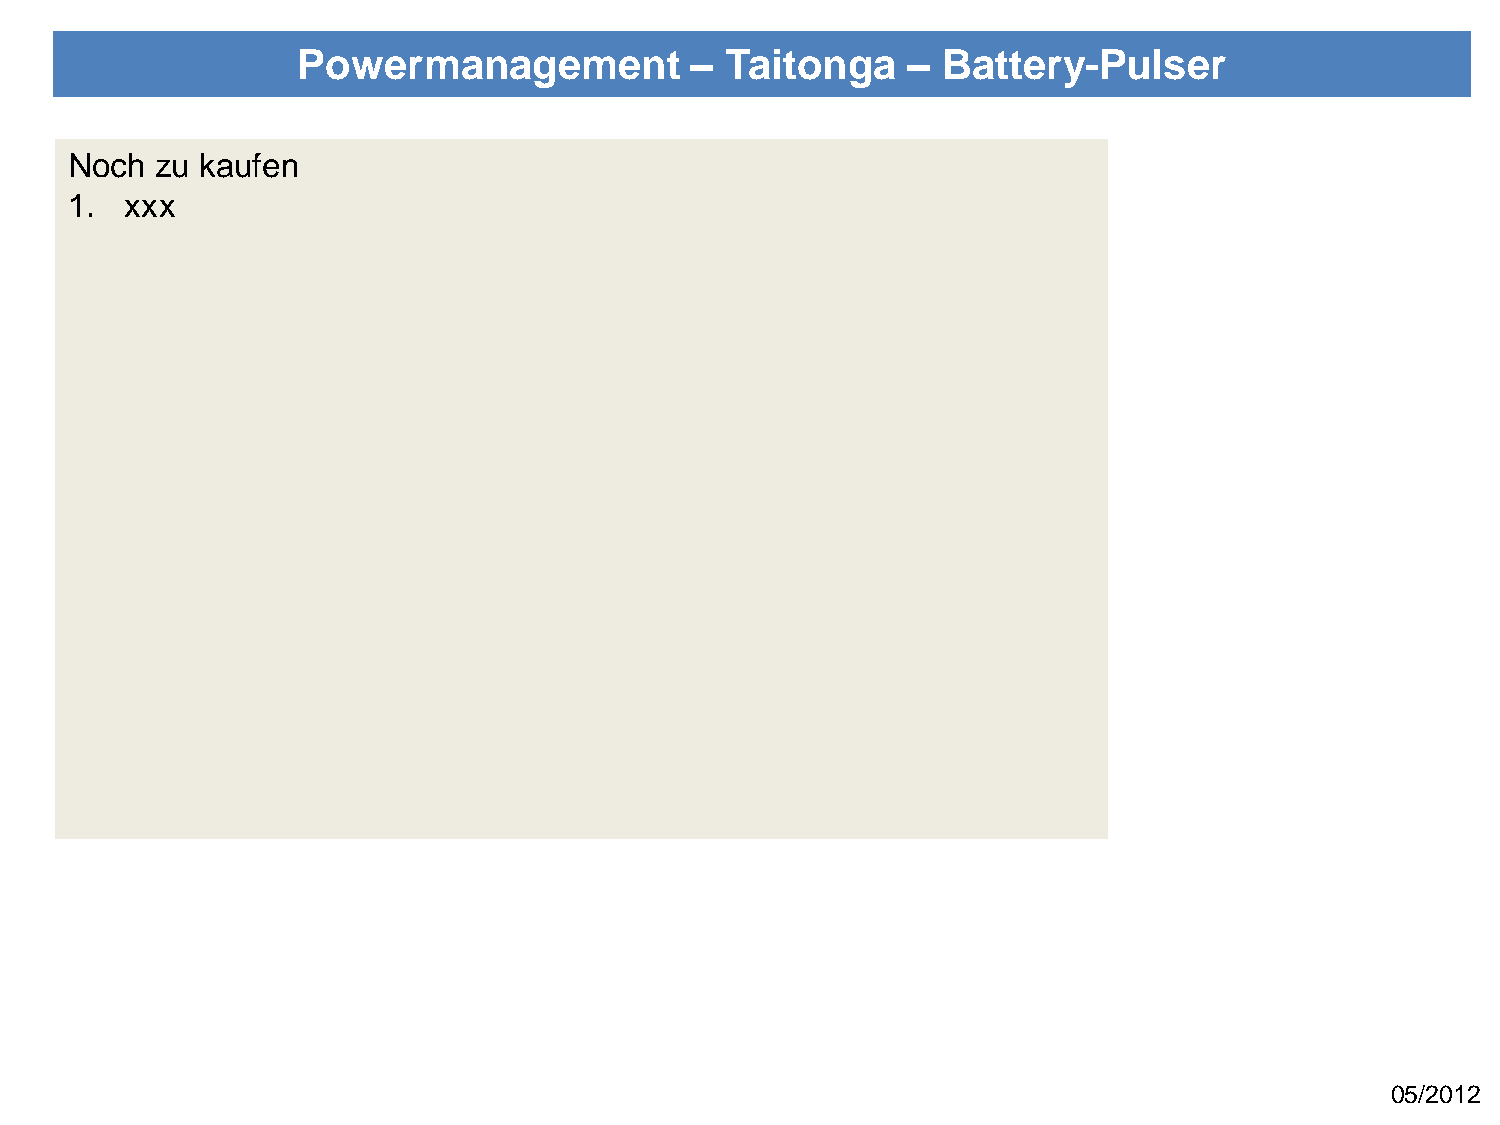
Powermanagement           – Taitonga    – Battery-Pulser
 Noch zu kaufen
 1. xxx
 05/2012